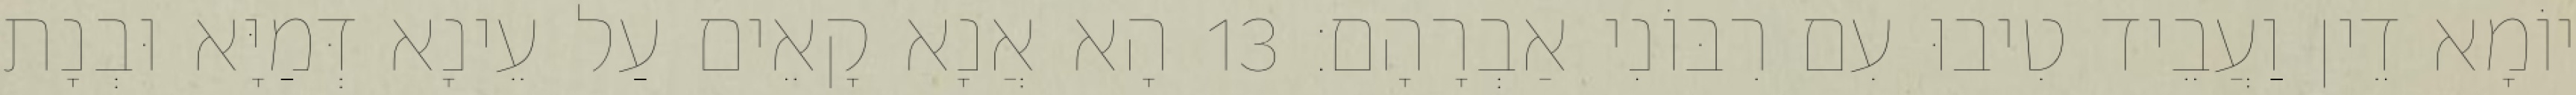
יוֹמָא דֵין וַעֲבֵיד טִיבוּ עִם רִבּוֹנִי אַבְרָהָם׃ 13 הָא אֲנָא קָאֵים עַל עֵינָא דְּמַיָּא וּבְנָת